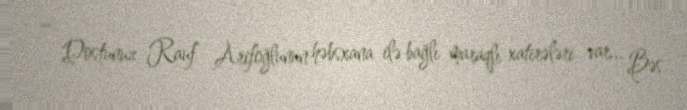
– Dostunuz Rauf Arifoğlunun həbsxana ilə bağlı maraqlı xatirələri var... Bəs